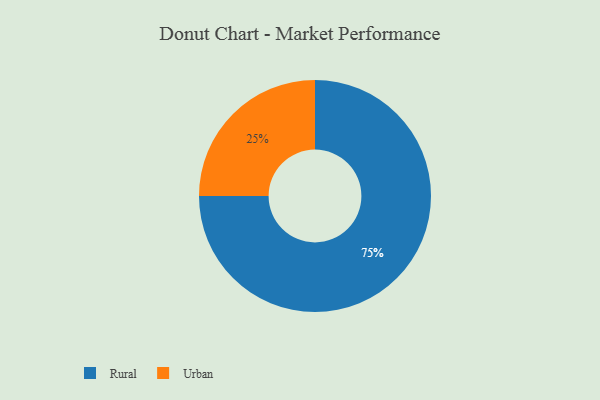
{"axis": {"x": "Category", "y": "Percentage"}, "legend": ["Rural", "Urban"], "data": [{"x": "Rural", "y": 75, "type": "Rural"}, {"x": "Urban", "y": 25, "type": "Urban"}]}